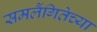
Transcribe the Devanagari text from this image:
समलैंगितेच्या